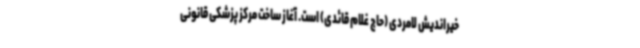
خیراندیش لامردی (حاج غلام قائدی) است. آغاز ساخت مرکز پزشکی قانونی